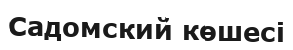
Садомский көшесі